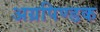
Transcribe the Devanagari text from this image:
अग्रपिण्डक